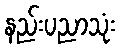
နည်းပညာသုံး